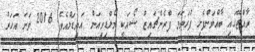
ރާއްޖޭގައި ބާއްވަންފެށި ފުރަތަމަ ފްރެންޗައިޒް ޝޯއަކީ މޯލްޑިވިއަން އައިޑަލްއެވެ. 2016 ވަނަ އަހަރު